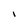
Character: I